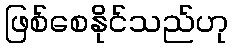
ဖြစ်စေနိုင်သည်ဟု